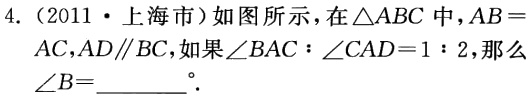
4.（2011·上海市）如图所示，在\(\triangle ABC\)中，\(AB = AC\)，\(AD\parallel BC\)，如果\(\angle BAC:\angle CAD = 1:2\)，那么\(\angle B = \_\_\_\_\_^{\circ}\).